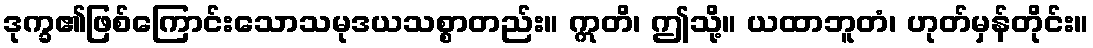
ဒုက္ခ၏ဖြစ်ကြောင်းသောသမုဒယသစ္စာတည်း။ ဣတိ၊ ဤသို့။ ယထာဘူတံ၊ ဟုတ်မှန်တိုင်း။